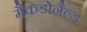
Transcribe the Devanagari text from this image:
मैकडोनैल्ड